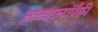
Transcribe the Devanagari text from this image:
नाट्यछटांपैकी